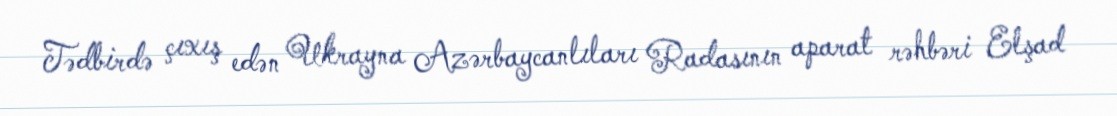
Tədbirdə çıxış edən Ukrayna Azərbaycanlıları Radasının aparat rəhbəri Elşad